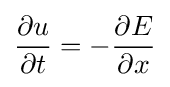
{\frac {\partial u}{\partial t}}=-{\frac {\partial E}{\partial x}}